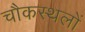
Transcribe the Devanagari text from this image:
चौकस्थलों